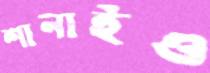
শানাইও